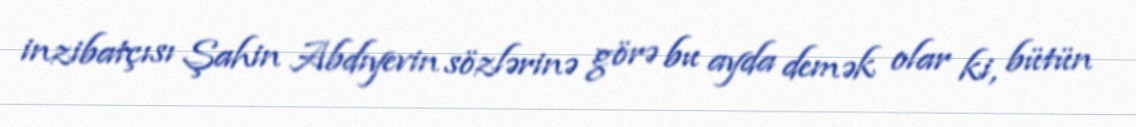
inzibatçısı Şahin Abdıyevin sözlərinə görə bu ayda demək olar ki, bütün